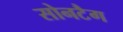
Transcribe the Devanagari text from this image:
सोनटैग